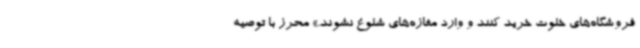
فروشگاه‌های خلوت خرید کنند و وارد مغازه‌های شلوغ نشوند.» محرز با توصیه